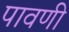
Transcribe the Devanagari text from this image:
पावणी